Liigvalla_vallavalitsus, lk 13
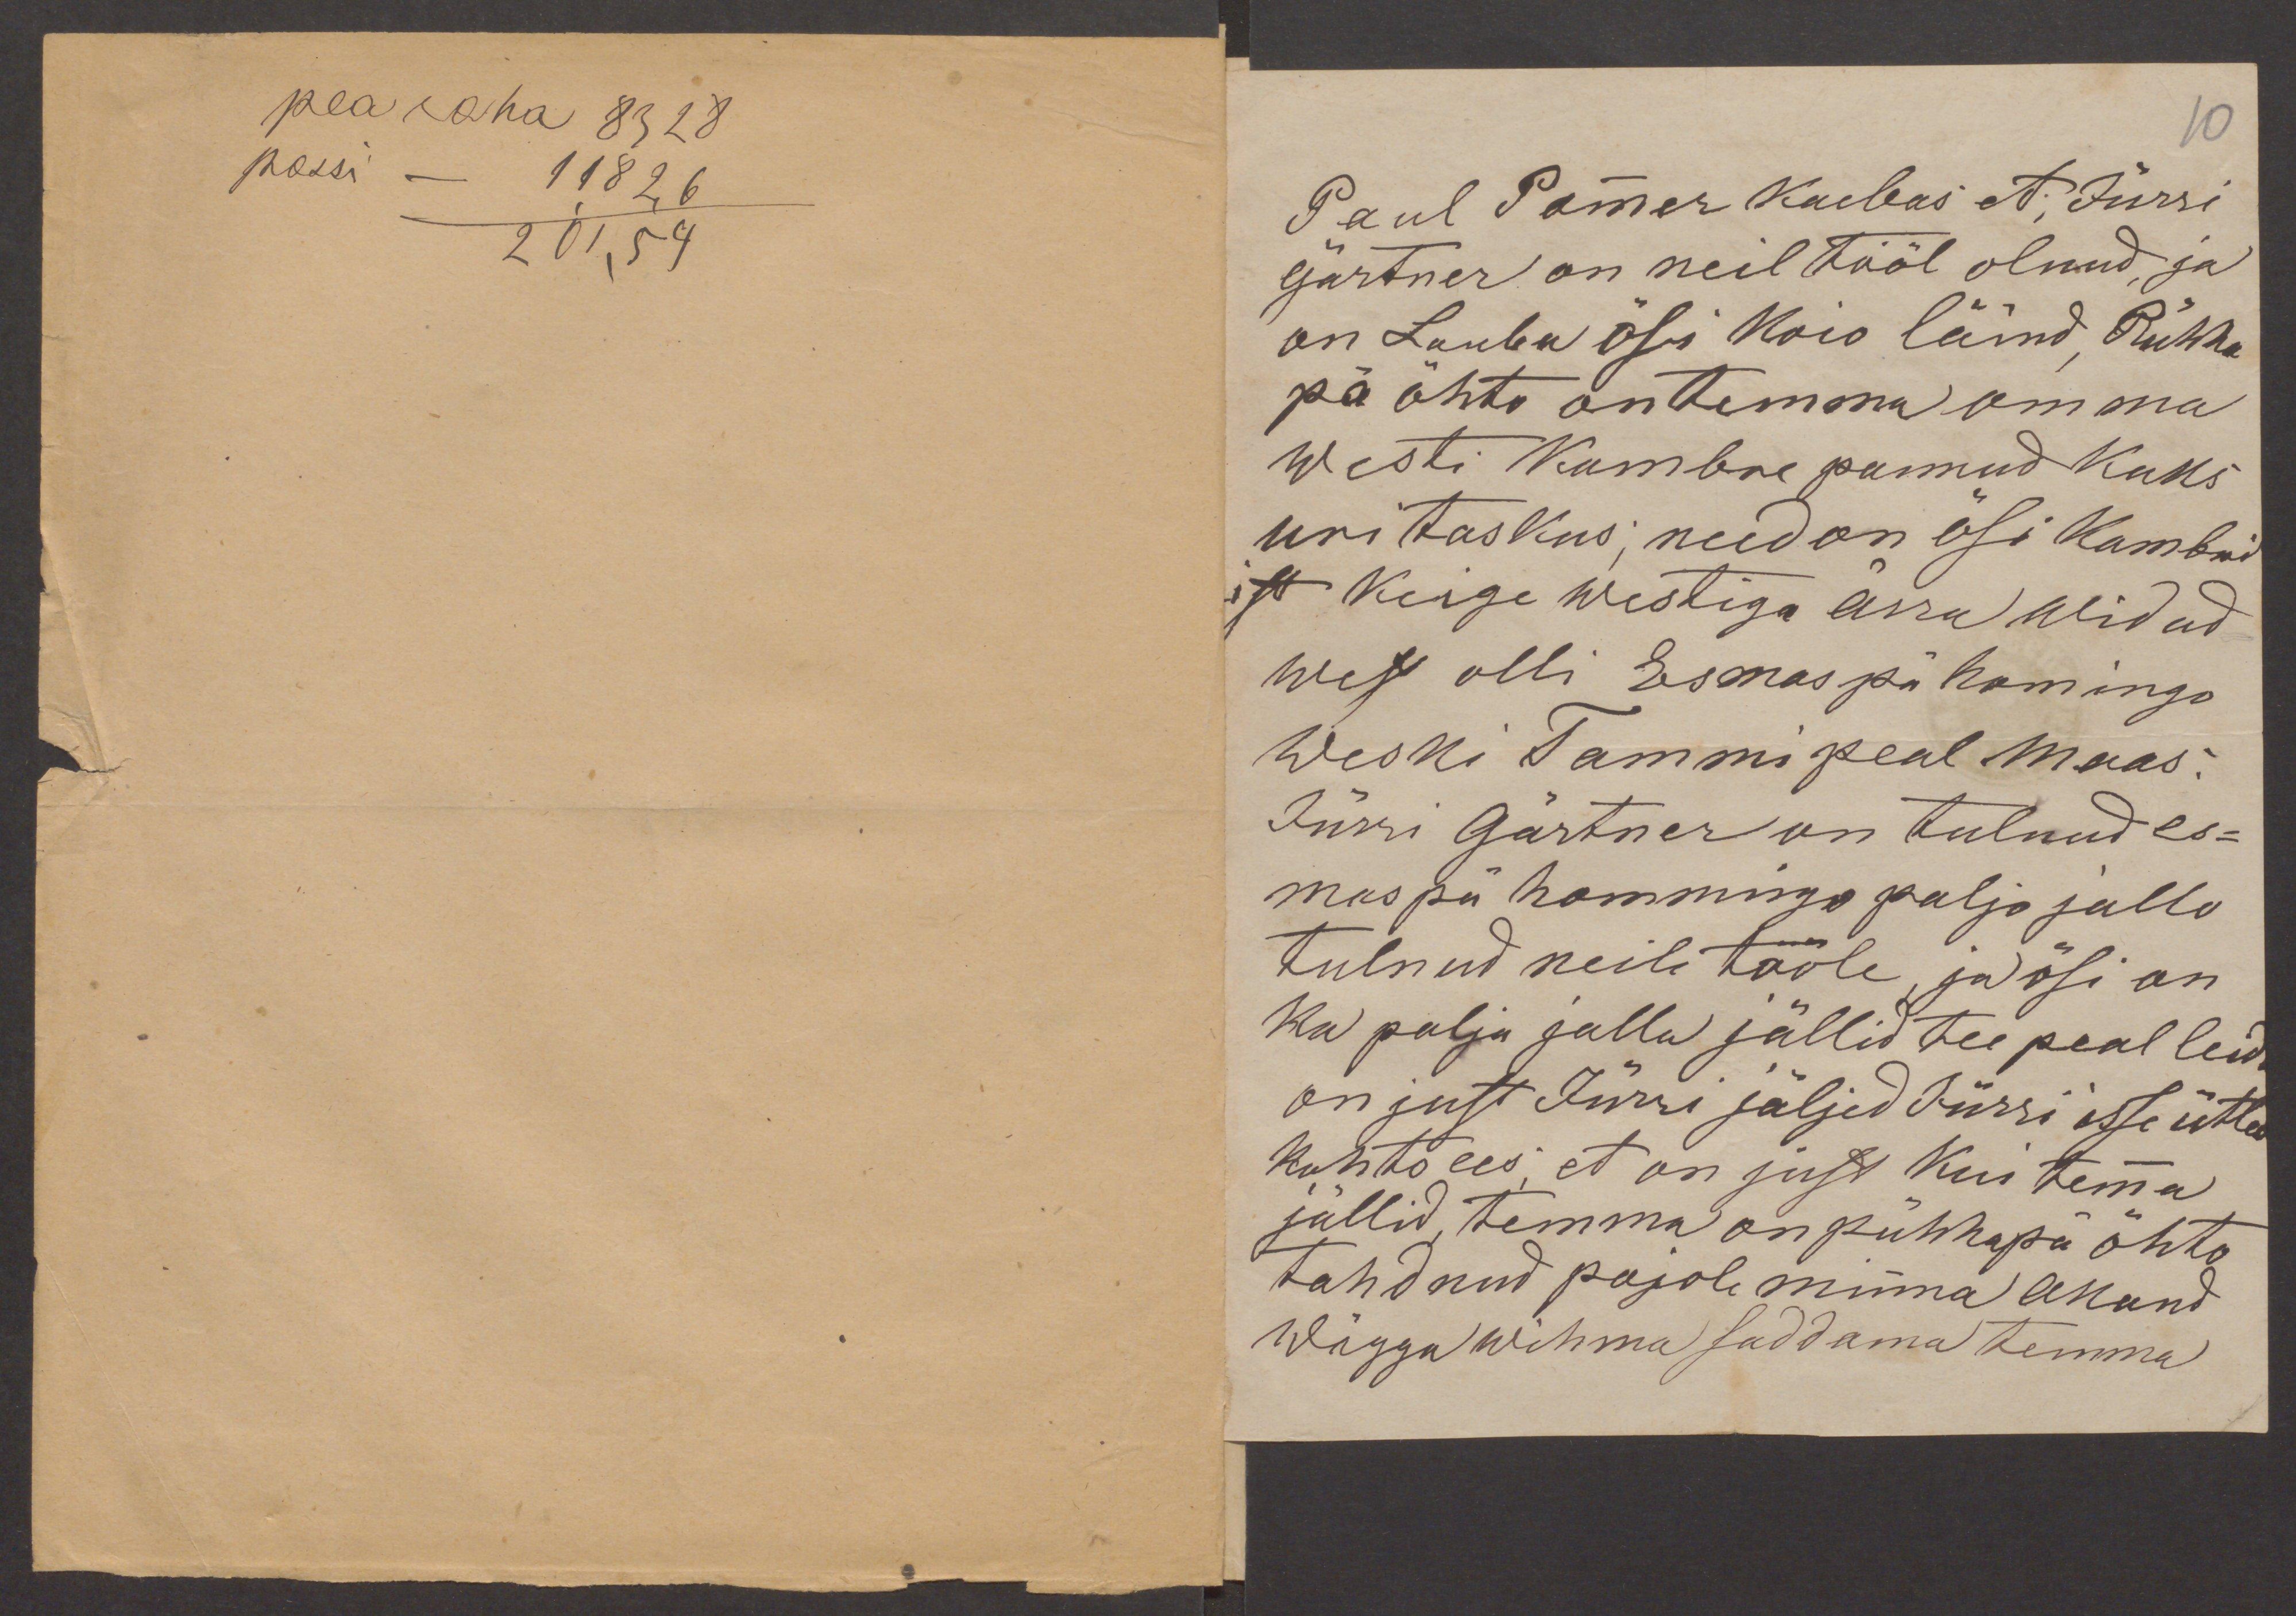
pearaha 83 28
passi - 118 2,6
201,54

10
Paul Pommer kaebas et; Jürri
Gärtner on neil tööl olnud, ja
on Lauba ösi koio läind, Pühha
pä õhto on temma omma
westi kumbre pannud kaks
uri taskus; need on ösi kambri
ist keige westiga ärra widud
west olli Esmaspä homingo
Weski Tammi peal maas.
Jürri Gärtner on tulnud es-
maspä hommingo paljo jallo
tulnud neile tööle, ja ösi on
ka palja jallu jällid tee peal leida
on just Jürri jäljed Jürri isse ütles
kohto ees; et on just kui temma
jällid, temma on pühhapä õhto
tahdnud pajole minna akand
wägga wihma saddama temma